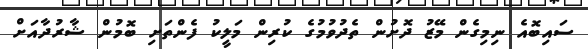
ސައިބޮއެ ނިމިގެން މޭޒު ދޮށުން ތެދުވުމުގެ ކުރިން މަލީކު ފެންތަށި ބޮމުން ޝާރުދާއަށް